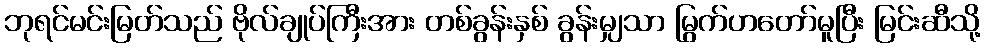
ဘုရင်မင်းမြတ်သည် ဗိုလ်ချုပ်ကြီးအား တစ်ခွန်းနှစ် ခွန်းမျှသာ မြွက်ဟတော်မူပြီး မြင်းဆီသို့